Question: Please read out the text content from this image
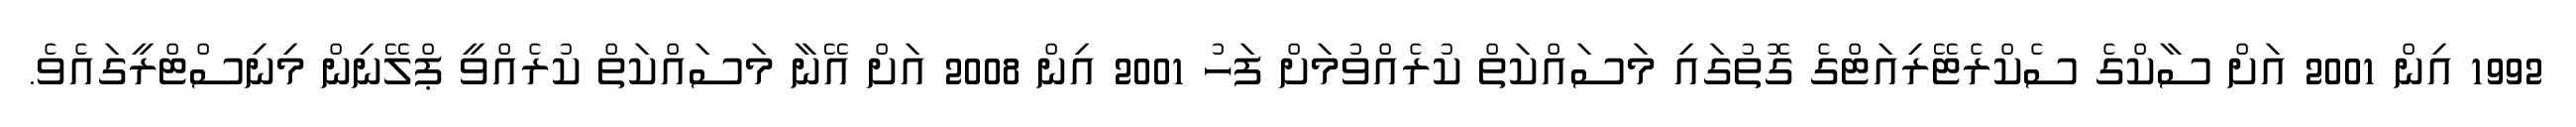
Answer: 1992 އިން 2001 އަށް ސާކްގެ ސެކްރެޓޭރިއަޓްގެ ގޮތުގައި މަސައްކަތް ކުރެއްވުމަށް ފަހު 2001 އިން 2008 އަށް އޭނާ މަސައްކަތް ކުރެއްވީ ޕްލޭނިން މިނިސްޓްރީގައެވެ.